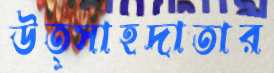
উত্সাহদাতার